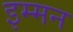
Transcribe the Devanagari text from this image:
इम्मन